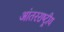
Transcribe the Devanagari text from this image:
आंतरराष्‍ट्रीय